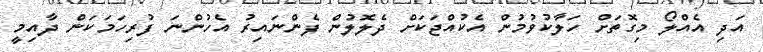
އަދި އެއްލޯ މިގޮތަށް ހަލާކުވުމުން އެކުއްޖަކަށް ދެލޮލުން ފެންނައިރު އެހުންނަ ފުރިހަމަކަން ދާއިމީ